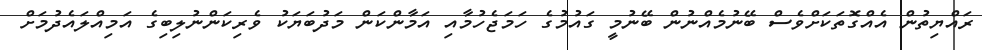
ރައްޔިތުން އެއްގޮތަކަށްވެސް ބޭނުމެއްނުން ބޭނުމީ ގައުމުގެ ހަމަޖެހުމާއި އަމާންކަން މަދުބަޔަކު ވެރިކަންނުލިބިގެ އަމިއްލައެދުމަށް